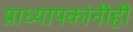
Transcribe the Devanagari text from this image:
प्राध्यापकांनीही